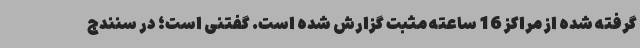
گرفته شده از مراکز 16 ساعته مثبت گزارش شده است. گفتنی است؛ در سنندج